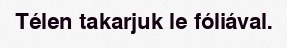
Télen takarjuk le fóliával.